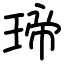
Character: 𤧛